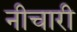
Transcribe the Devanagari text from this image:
नीचारी